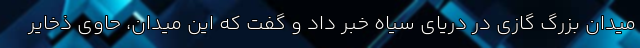
میدان بزرگ گازی در دریای سیاه خبر داد و گفت که این میدان، حاوی ذخایر